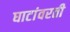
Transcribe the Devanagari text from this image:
घाटांवरती